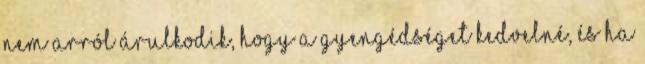
nem arról árulkodik, hogy a gyengédséget kedvelné, és ha